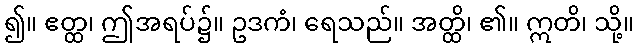
၍။ ဧတ္ထ၊ ဤအရပ်၌။ ဥဒကံ၊ ရေသည်။ အတ္ထိ၊ ၏။ ဣတိ၊ သို့။